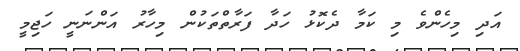
އަދި މިހެންވެ މި ކަމާ ދެކޮޅު ހަދާ ފަރާތްތަކުން މިހާރު އަންނަނީ ހަޖިމީ